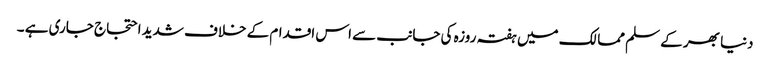
دنیا بھر کے سلم ممالک میں ہفتہ روزہ کی جانب سے اس اقدام کے خلاف شدید احتجاج جاری ہے ۔